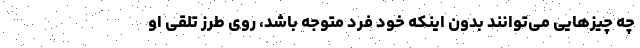
چه چیزهایی می‌توانند بدون اینکه خود فرد متوجه باشد، روی طرز تلقی او